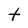
Character: t